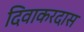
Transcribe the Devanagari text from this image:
दिवाकरदास